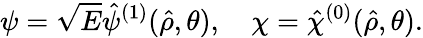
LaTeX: \psi=\sqrt{E}\hat{\psi}^{(1)}(\hat{\rho},\theta),\quad\chi=\hat{\chi}^{(0)}(\hat{\rho},\theta).